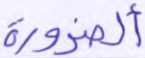
ألضرورة